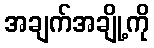
အချက်အချို့ကို